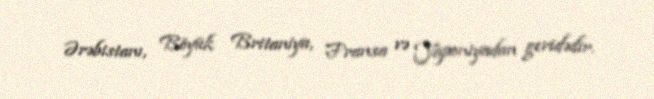
Ərəbistanı, Böyük Britaniya, Fransa və Yaponiyadan geridədir.